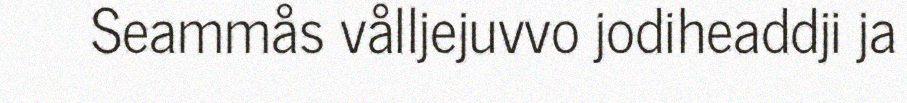
Seammås vålljejuvvo jodiheaddji ja